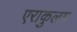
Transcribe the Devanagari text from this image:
एराकुलम